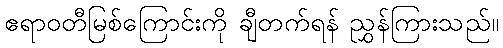
ဧရာဝတီမြစ်ကြောင်းကို ချီတက်ရန် ညွှန်ကြားသည်။